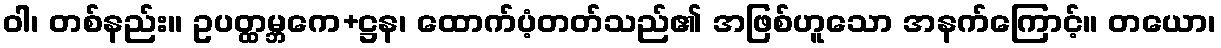
ဝါ၊ တစ်နည်း။ ဥပတ္ထမ္ဘကေ+ဋ္ဌန၊ ထောက်ပံ့တတ်သည်၏ အဖြစ်ဟူသော အနက်ကြောင့်။ တယော၊